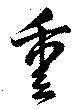
重